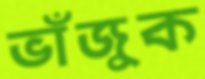
ভাঁজুক